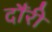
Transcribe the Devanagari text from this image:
दौंरी